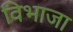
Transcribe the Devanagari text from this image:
विभाजा